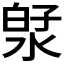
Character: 𬇻